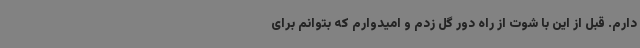
دارم. قبل از این با شوت از راه دور گل زدم و امیدوارم که بتوانم برای